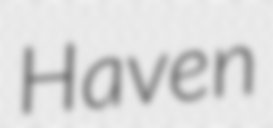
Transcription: Haven